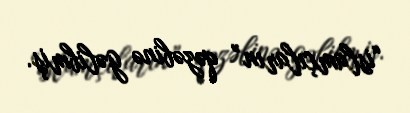
“islamçıların” qəzəbinə gəlibmiş.